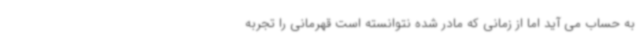
به حساب می آید اما از زمانی که مادر شده نتوانسته است قهرمانی را تجربه